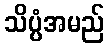
သိပ္ပံအမည်